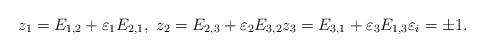
LaTeX: \begin{align*}z_{1}=E_{1,2}+\varepsilon_{1}E_{2,1},\ z_{2}=E_{2,3}+\varepsilon_{2}E_{3,2}z_{3}=E_{3,1}+\varepsilon_{3}E_{1,3}\varepsilon_{i}=\pm1.\end{align*}